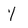
Character: 1